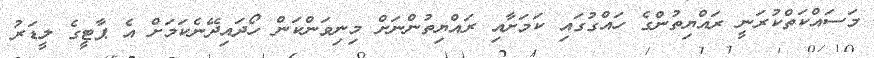
މަސައްކަތްކުރަނީ ރައްޔިތުންގެ ހައްގުގައި ކަމަށާއި ރައްޔިތުންނަށް މިނިވަންކަން ހޯދައިދޭނެކަމަށް އެ ޕާޓީގެ ލީޑަރު